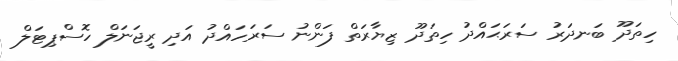
ހިތަދޫ ބަނދަރު ސަރަޙައްދު ހިތަދޫ ޒިޔާރަތް ފަންނު ސަރަހައްދު އަދި ރީޖަނަލް ހޮސްޕިޓަލް